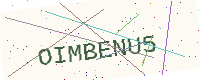
Text: OIMBENU5